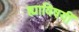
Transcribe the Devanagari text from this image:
ह्याविषयीं